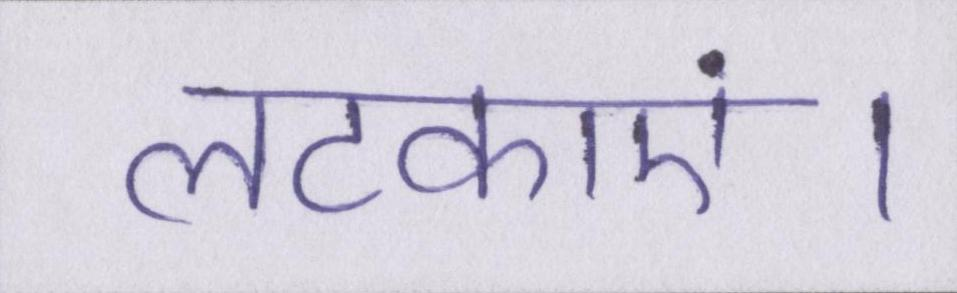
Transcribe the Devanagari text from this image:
लटकाएं।